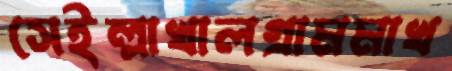
সেইল্লাখালগ্রামমাখ